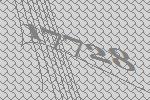
17728